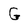
Character: G